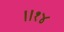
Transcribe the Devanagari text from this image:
॥१४